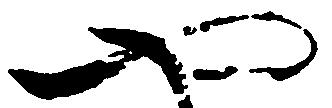
や